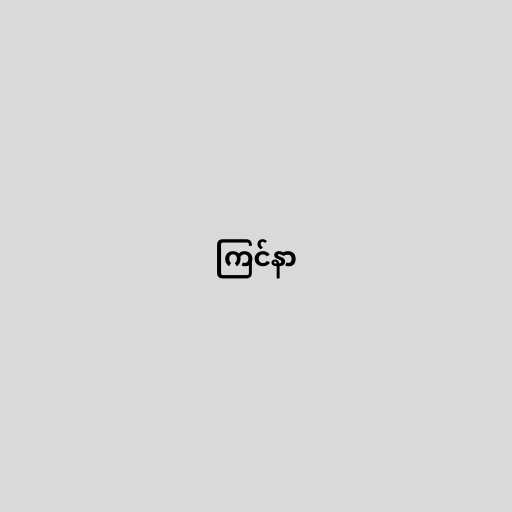
ကြင်နာ